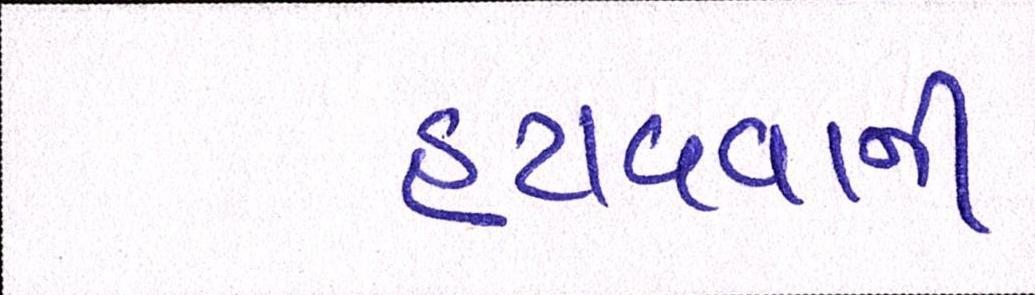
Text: હટાવવાની